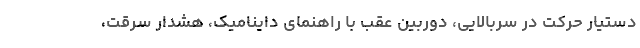
دستیار حرکت در سربالایی، دوربین عقب با راهنمای داینامیک، هشدار سرقت،